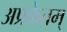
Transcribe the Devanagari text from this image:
अप्रकेतम्